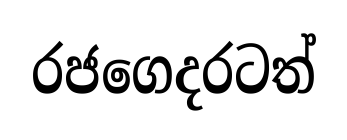
රජගෙදරටත්